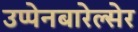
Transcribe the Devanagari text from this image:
उप्पेनबारेल्सेर